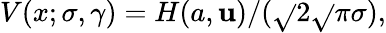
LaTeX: V(x;\sigma,\gamma)=H(a,\mathbf{u})/({\sqrt{}{{2}}}{\sqrt{}{{\pi}}}\sigma),